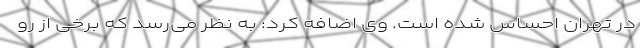
در تهران احساس شده است. وی اضافه کرد: به نظر می‌رسد که برخی از رو